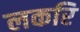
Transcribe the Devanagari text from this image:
लकरि